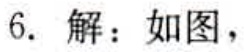
6. 解：如图，